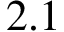
2 . 1